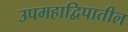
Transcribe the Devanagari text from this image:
उपमहाद्विपातील